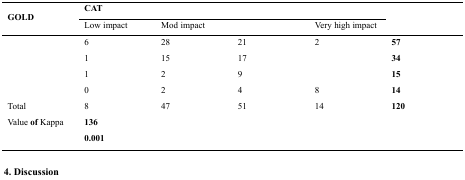
<table><thead><tr><td rowspan="3"><b>GOLD</b></td><td colspan="4"><b>CAT</b></td><td rowspan="3">[EMPTY_CELL]</td></tr><tr><td><b>Low impact</b></td><td><b>Mod impact</b></td><td>[EMPTY_CELL]</td><td><b>Very high impact</b></td></tr></thead><tbody><tr><td>[EMPTY_CELL]</td><td>6</td><td>28</td><td>21</td><td>2</td><td><b>57</b></td></tr><tr><td>[EMPTY_CELL]</td><td>1</td><td>15</td><td>17</td><td>[EMPTY_CELL]</td><td><b>34</b></td></tr><tr><td>[EMPTY_CELL]</td><td>1</td><td>2</td><td>9</td><td>[EMPTY_CELL]</td><td><b>15</b></td></tr><tr><td>[EMPTY_CELL]</td><td>0</td><td>2</td><td>4</td><td>8</td><td><b>14</b></td></tr><tr><td>Total</td><td>8</td><td>47</td><td>51</td><td>14</td><td><b>120</b></td></tr><tr><td>Value of Kappa</td><td><b>136</b></td><td>[EMPTY_CELL]</td><td>[EMPTY_CELL]</td><td>[EMPTY_CELL]</td><td>[EMPTY_CELL]</td></tr><tr><td>[EMPTY_CELL]</td><td><b>0.001</b></td><td>[EMPTY_CELL]</td><td>[EMPTY_CELL]</td><td>[EMPTY_CELL]</td><td>[EMPTY_CELL]</td></tr></tbody></table>